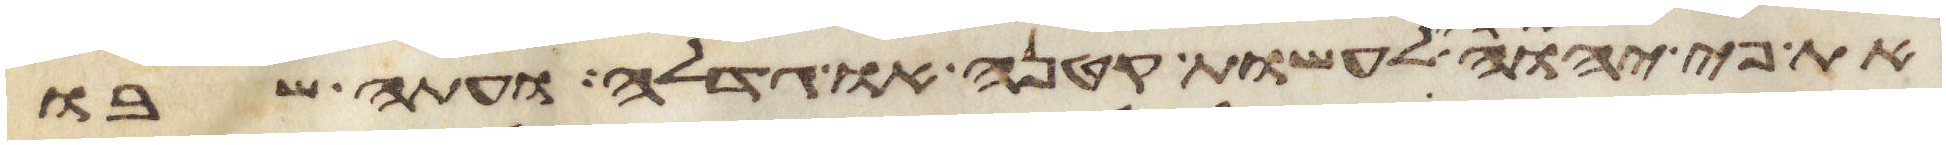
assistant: את פי יהוה אלהי לעשות קטנה או גדלה ועתה שבו